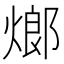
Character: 𤍎